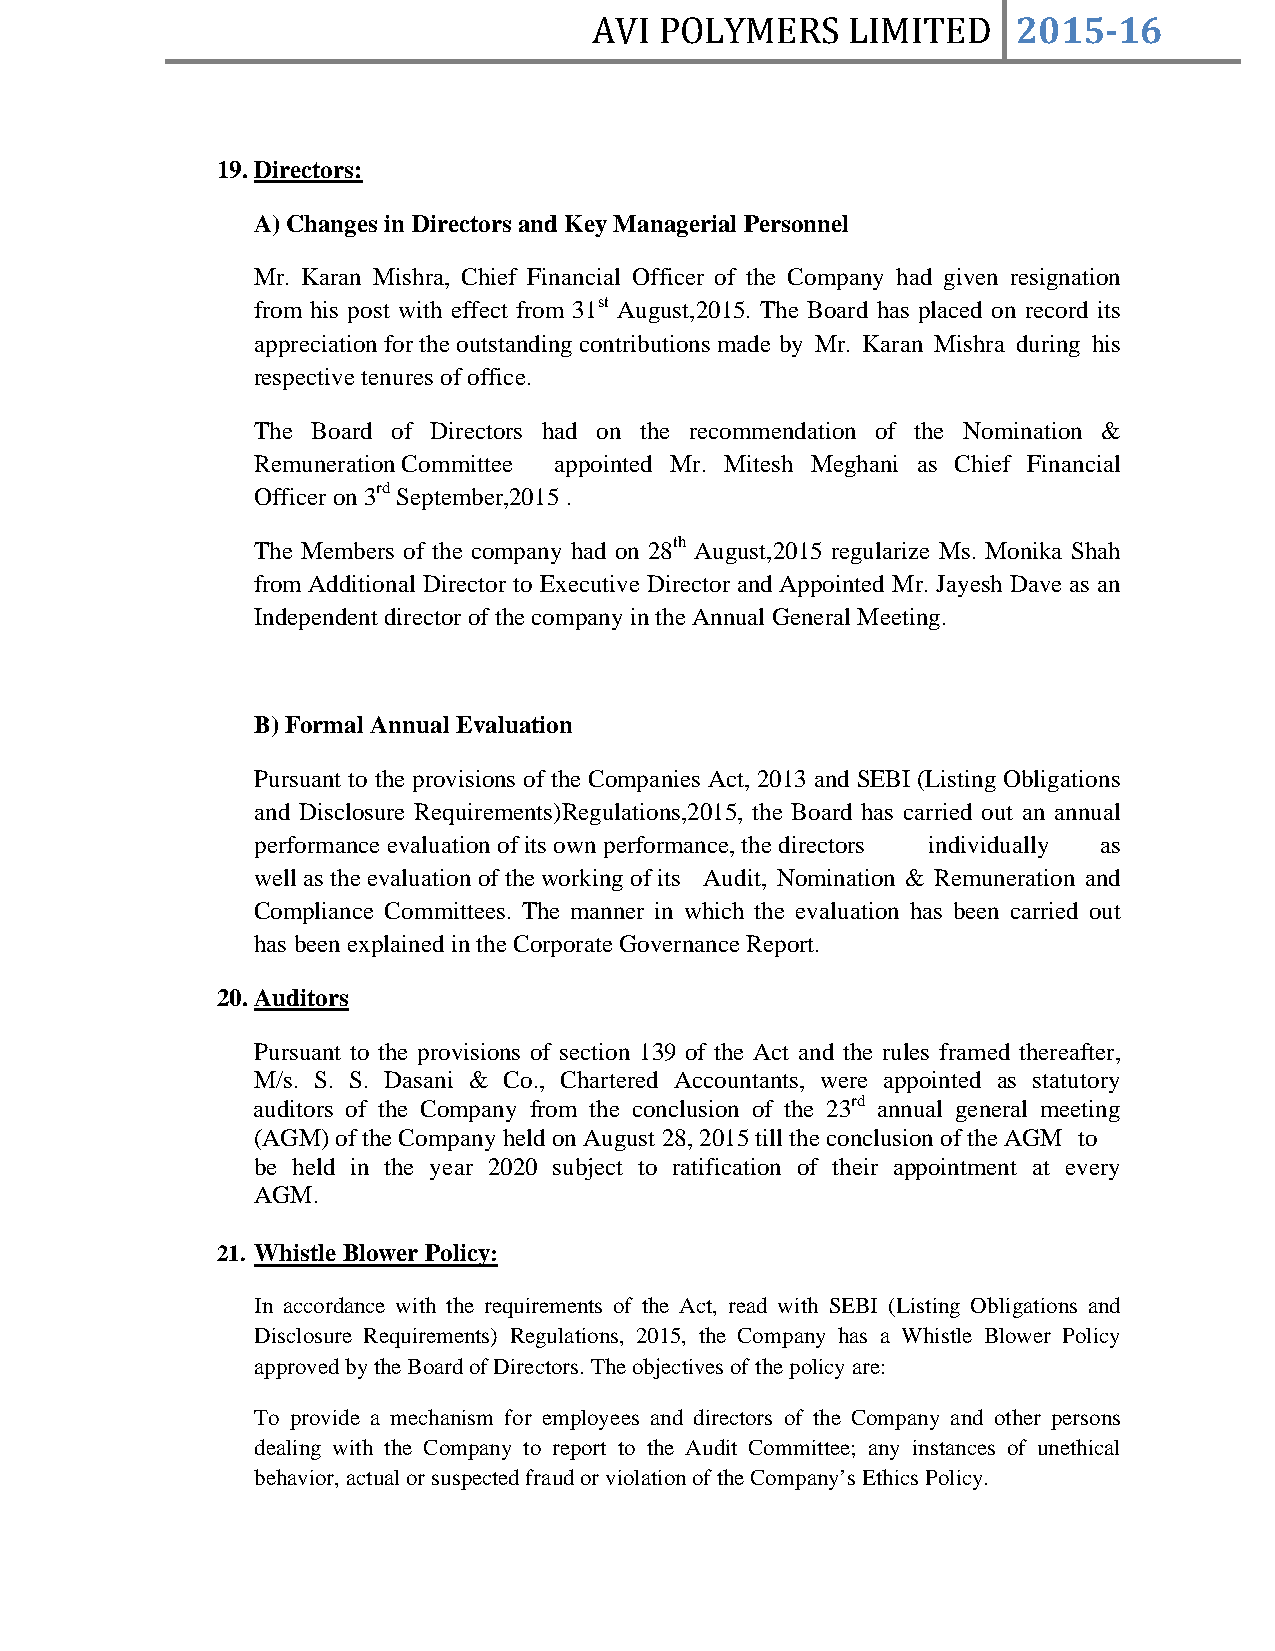
AVI  POLYMERS    LIMITED    2015­16
 19. Directors:
 A) Changes in Directors and Key Managerial Personnel
 Mr. Karan Mishra, Chief Financial Officer of the Company had given resignation
 from his post with effect from 31st August,2015. The Board has placed on record its
 appreciation for the outstanding contributions made by Mr. Karan Mishra during his
 respective tenures of office.
 The Board of Directors had on the recommendation of the Nomination &
 Remuneration Committee appointed Mr. Mitesh Meghani as Chief Financial
 Officer on 3rd September,2015 .
 The Members of the company had on 28th August,2015 regularize Ms. Monika Shah
 from Additional Director to Executive Director and Appointed Mr. Jayesh Dave as an
 Independent director of the company in the Annual General Meeting.
 B) Formal Annual Evaluation
 Pursuant to the provisions of the Companies Act, 2013 and SEBI (Listing Obligations
 and Disclosure Requirements)Regulations,2015, the Board has carried out an annual
 performance evaluation of its own performance, the directors individually as
 well as the evaluation of the working of its Audit, Nomination & Remuneration and
 Compliance Committees. The manner in which the evaluation has been carried out
 has been explained in the Corporate Governance Report.
 20. Auditors
 Pursuant to the provisions of section 139 of the Act and the rules framed thereafter,
 M/s. S. S. Dasani & Co., Chartered Accountants, were appointed as statutory
 auditors of the Company from the conclusion of the 23rd annual general meeting
 (AGM) of the Company held on August 28, 2015 till the conclusion of the AGM to
 be held in the year 2020 subject to ratification of their appointment at every
 AGM.
 21. Whistle Blower Policy:
 In accordance with the requirements of the Act, read with SEBI (Listing Obligations and
 Disclosure Requirements) Regulations, 2015, the Company has a Whistle Blower Policy
 approved by the Board of Directors. The objectives of the policy are:
 To provide a mechanism for employees and directors of the Company and other persons
 dealing with the Company to report to the Audit Committee; any instances of unethical
 behavior, actual or suspected fraud or violation of the Company’s Ethics Policy.